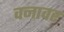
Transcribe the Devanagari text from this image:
वनावर